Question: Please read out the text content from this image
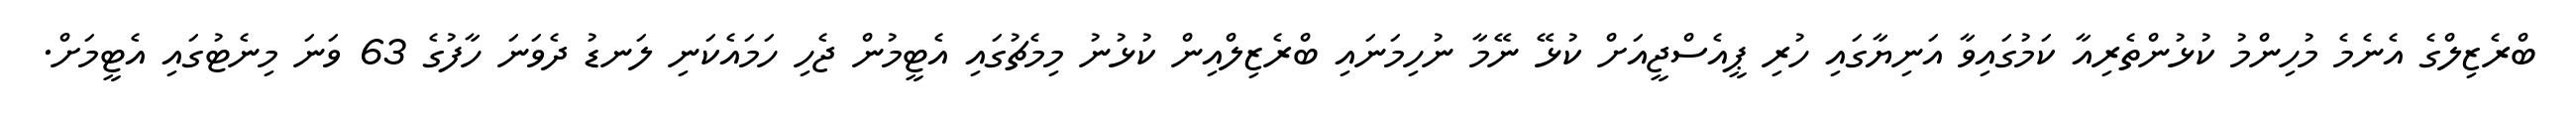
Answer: ބްރެޒިލްގެ އެނެމެ މުހިންމު ކުޅުންތެރިއާ ކަމުގައިވާ އަނިޔާގައި ހުރި ޕީއެސްޖީއަށް ކުޅޭ ނޭމާ ނުހިމަނައި ބްރެޒިލްއިން ކުޅުނު މިމެޗުގައި އެޓީމުން ޖެހި ހަމައެކަނި ލަނޑު ދެވަނަ ހާފުގެ 63 ވަނަ މިނެޓުގައި އެޓީމަށް.